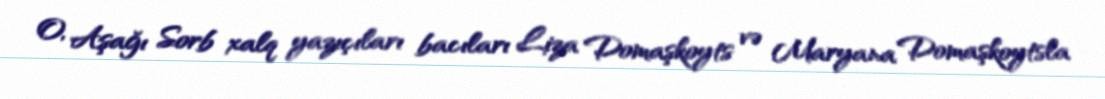
O, Aşağı Sorb xalq yazıçıları bacıları Liza Domaşkoyts və Maryana Domaşkoytsla